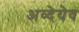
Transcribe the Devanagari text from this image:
अव्देयेव